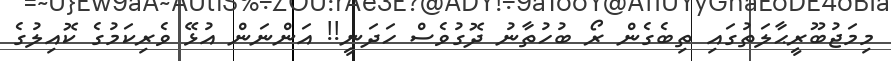
މިމަޖުބޫރީޙާލަތުގައި ތިބެގެން ރޯ ބުހުތާނު ދޮގުވެސް ހަދަނީ!! އަންނަން އުޅޭ ވެރިކަމުގެ ކޮއިލުގެ